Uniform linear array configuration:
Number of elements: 8
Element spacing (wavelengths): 0.75
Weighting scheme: hann
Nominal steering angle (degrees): -60
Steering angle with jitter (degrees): -58.767
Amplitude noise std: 0.05
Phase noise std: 0.05

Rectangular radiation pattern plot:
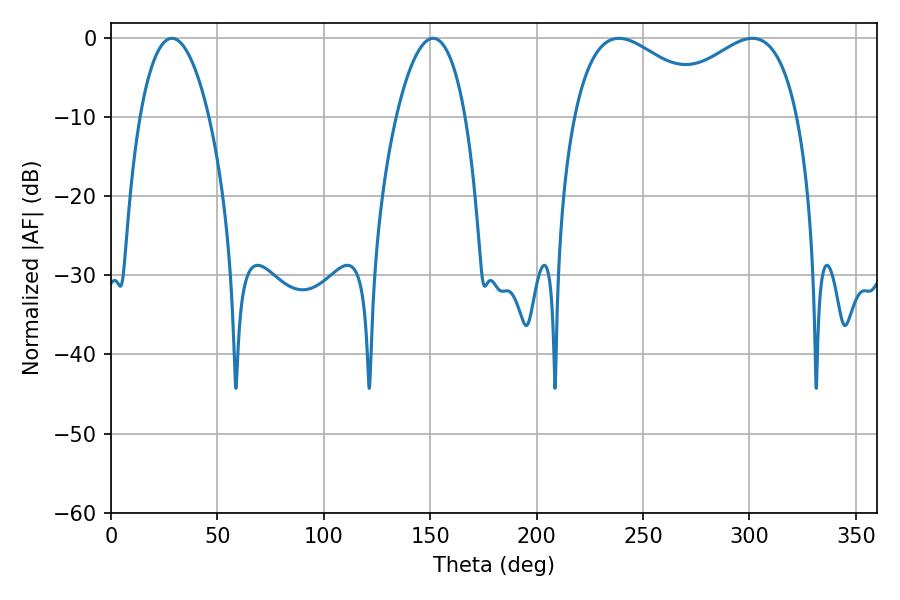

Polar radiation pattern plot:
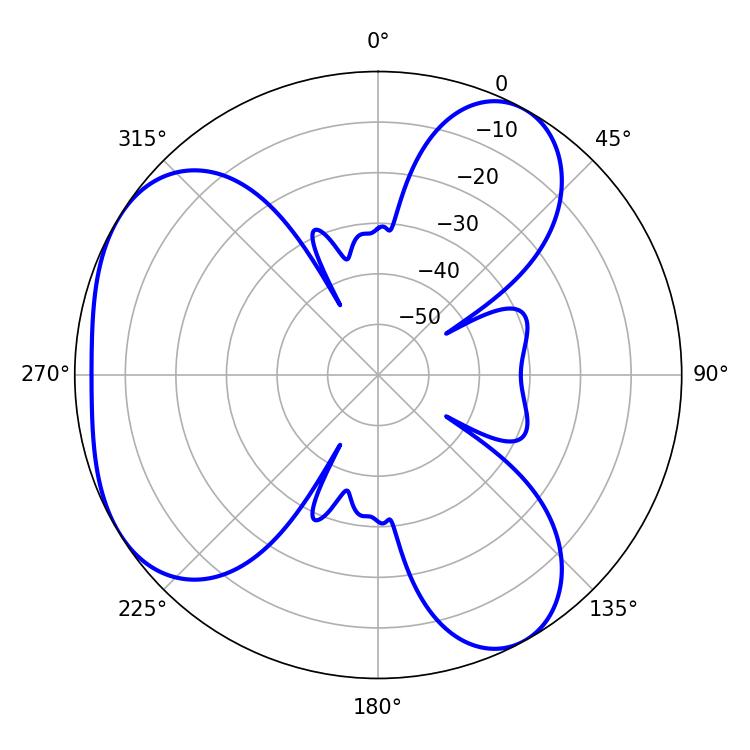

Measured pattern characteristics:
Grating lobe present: TRUE
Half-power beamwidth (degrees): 37.62
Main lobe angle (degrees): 238.68